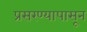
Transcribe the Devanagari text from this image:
प्रसरण्यापासून